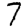
Digit: 7